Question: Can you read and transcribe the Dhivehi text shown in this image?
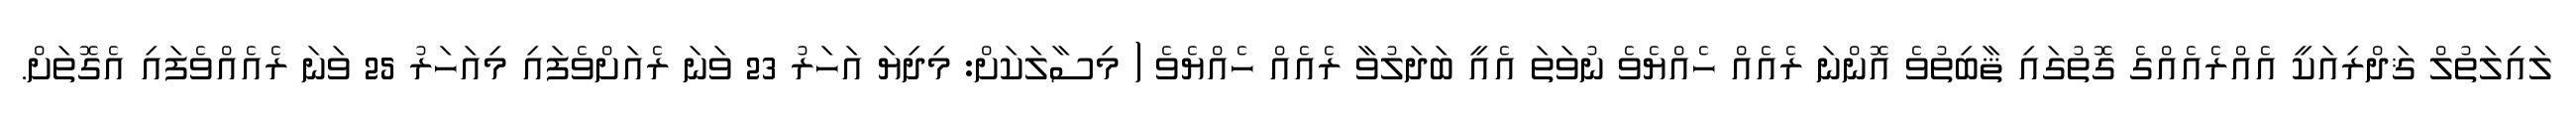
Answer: ލައިލަތުލް ޤަދްރިއަކީ އެއްރެއެއްގެ ގޮތުގައި ޘާބިތުވެ އޮންނަ ރެއެއް ހެއްޔެވެ ނުވަތަ އެއީ ބަދަލުވާ ރެއެއް ހެއްޔެވެ ( މިސާލަކަށް: މިދިޔަ އަހަރު 23 ވަނަ ރެއަށްވެފައި މިއަހަރު 25 ވަނަ ރެއެއްވެފައި އެގޮތަށް.